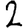
Digit: 2